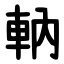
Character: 軜